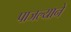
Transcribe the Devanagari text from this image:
पाजल्याने